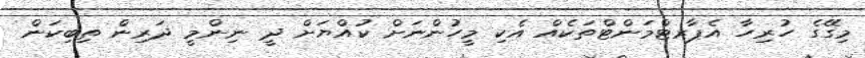
މިގޭގެ ހުރިހާ އެޕާރޓްމަންޓްތަކެއް އެކި މީހުންނަށް ކުއްޔަށް ދީ ނިންމީ ދަރިން ތިބިކަން